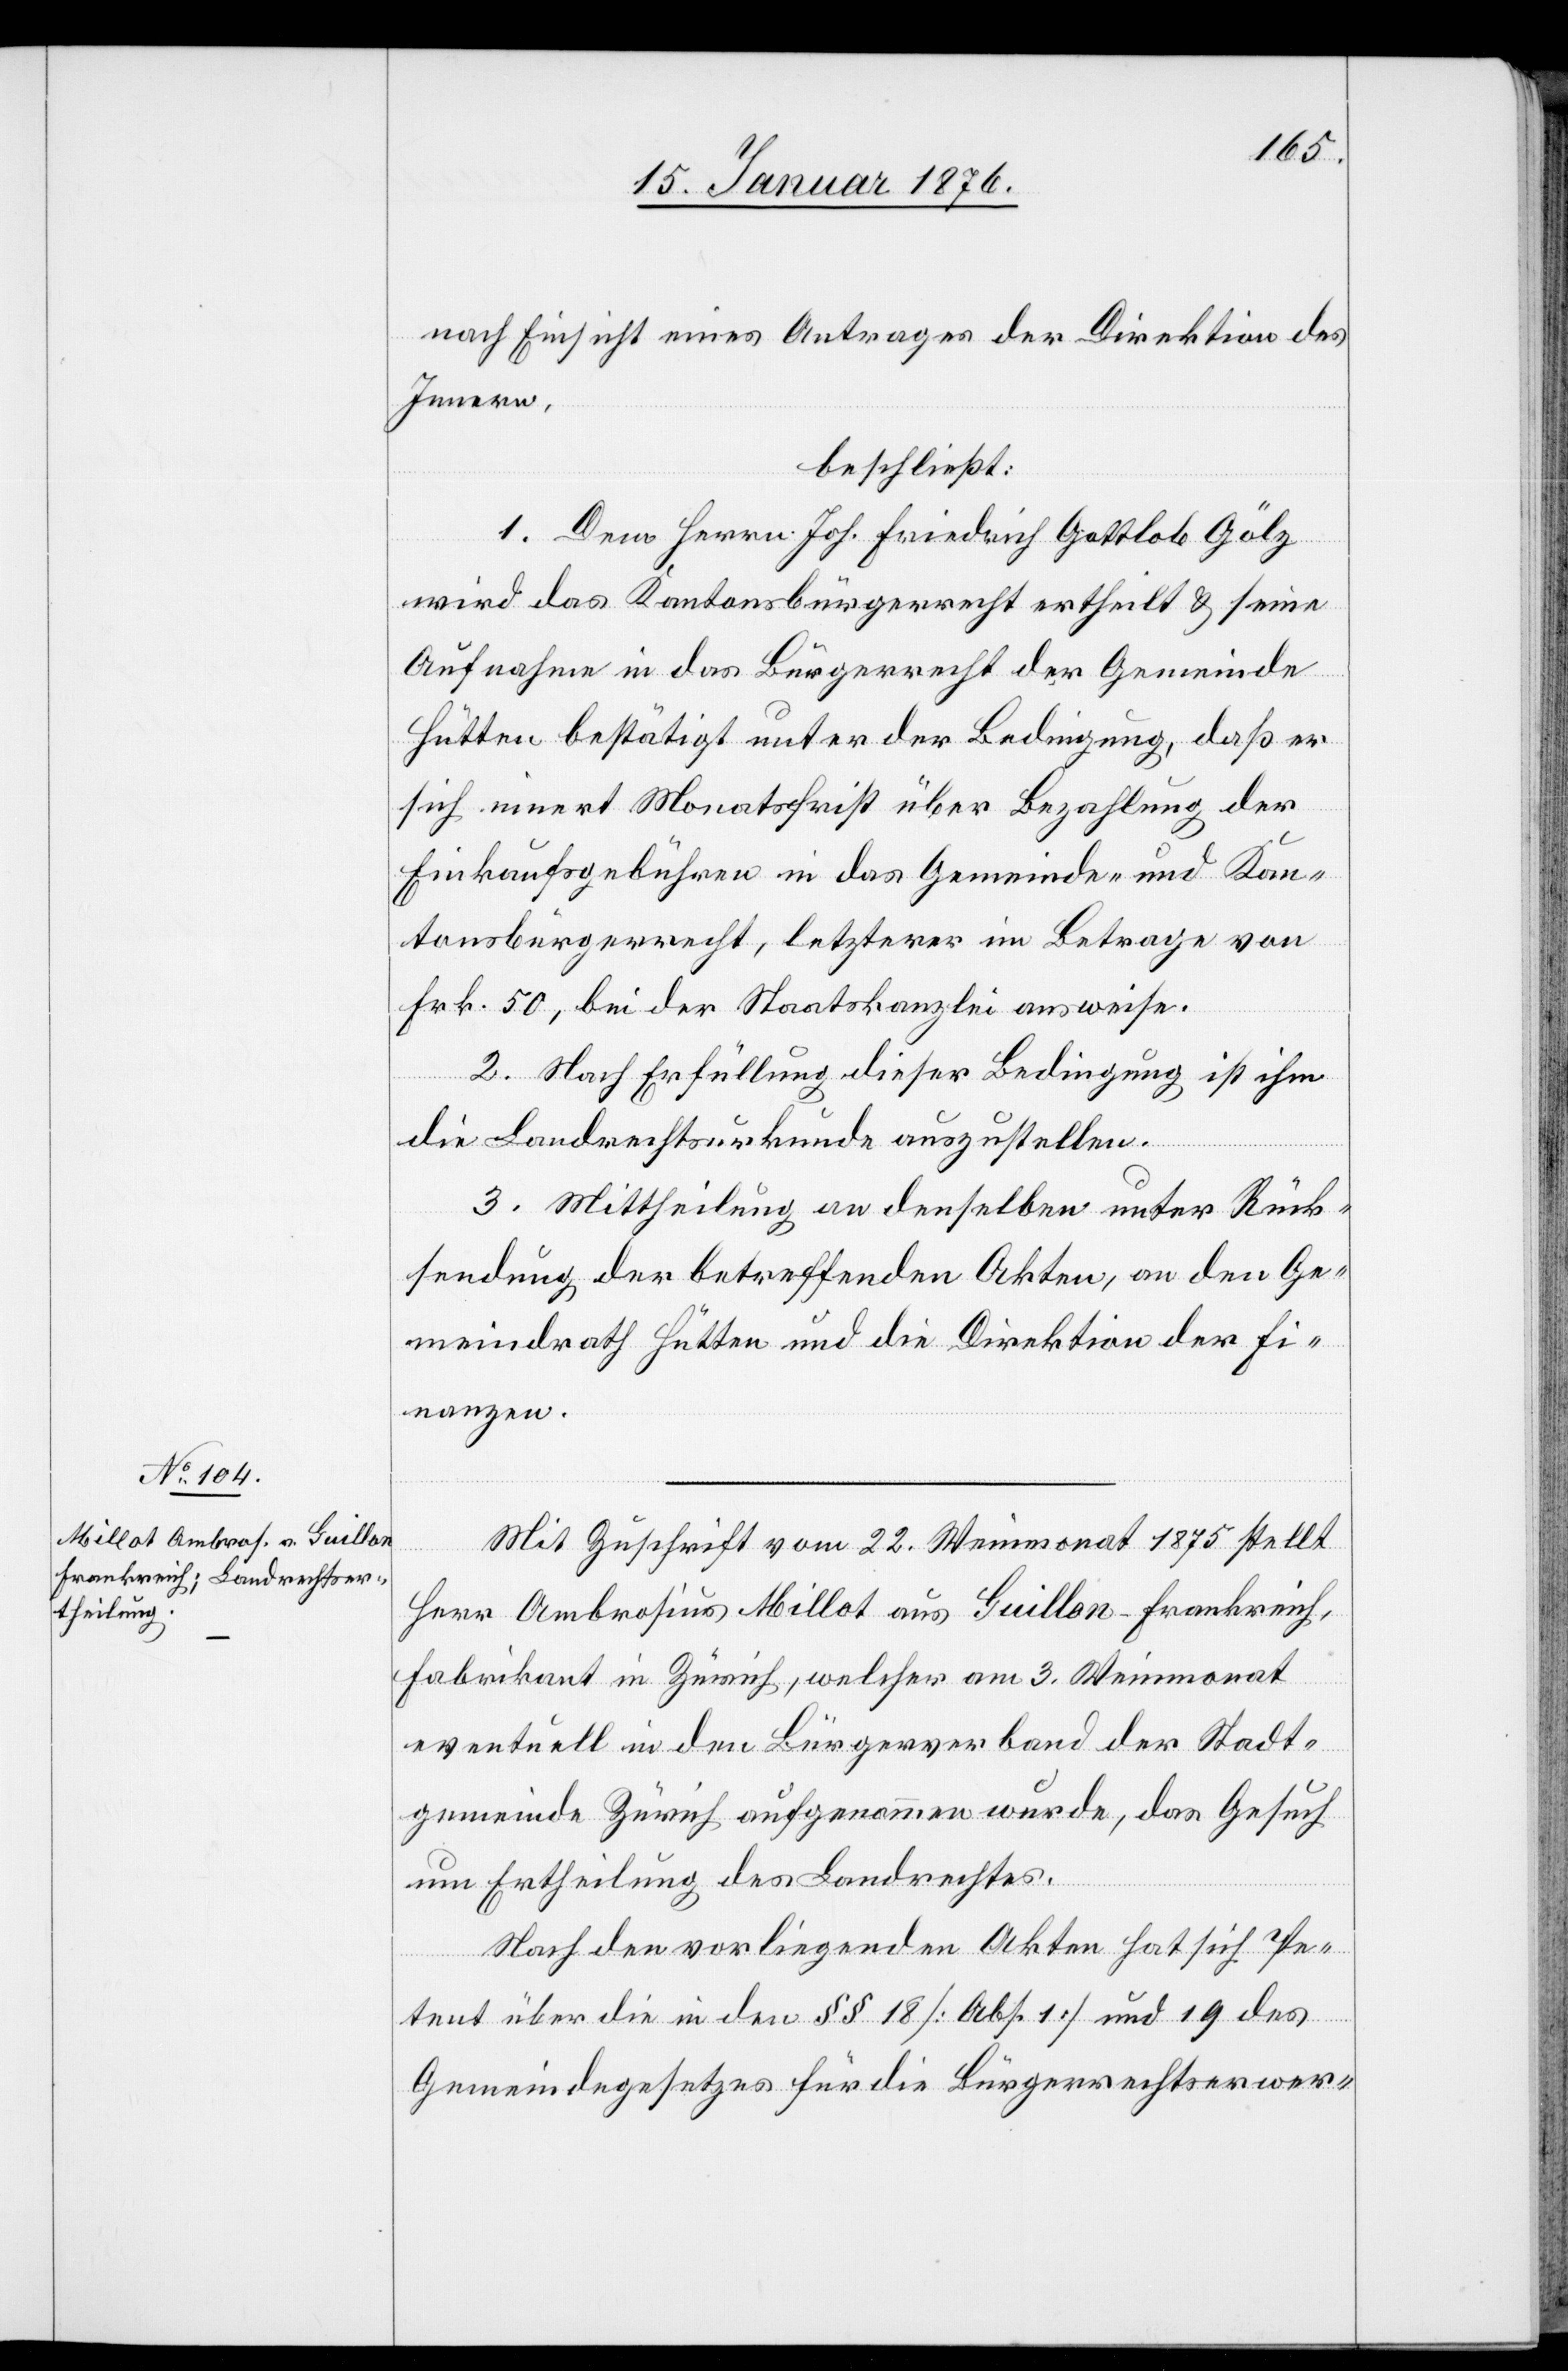
nach Einsicht eines Antrages der Direktion des
Innern,
beschließt:
1. Dem Herrn Joh. Friedrich Gottlob Gölz
wird das Kantonsbürgerrecht ertheilt u. seine
Aufnahme in das Bürgerrecht der Gemeinde
Hütten bestätigt unter der Bedingung, daß er
sich innert Monatsfrist über Bezahlung der
Einkaufsgebühren in das Gemeinde- und Kan¬
tonsbürgerrecht, letzterer im Betrag von
Frk. 50, bei der Staatskanzlei ausweise.
2. Nach Erfüllung dieser Bedingung ist ihm
die Landrechtsurkunde auszustellen.
3. Mittheilung an denselben unter Rück¬
sendung der betreffenden Akten, an den Ge¬
meindrath Hütten und die Direktion der Fi¬
nanzen.